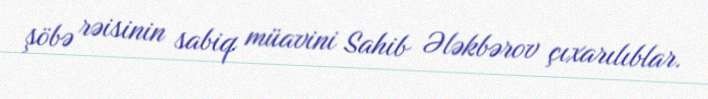
şöbə rəisinin sabiq müavini Sahib Ələkbərov çıxarılıblar.